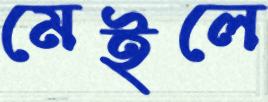
মেইলে